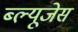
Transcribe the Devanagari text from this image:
ब्ल्यूजेस